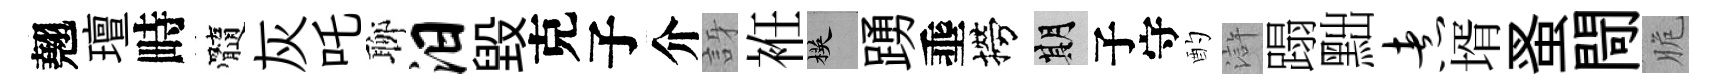
翹璮畤髓灰吒聊汨毁克子介訝袵楧踴埀撈期子守酌滸蹋黜煮壻蚤閜脆